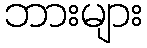
ဘားများ